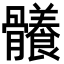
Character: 𩪴